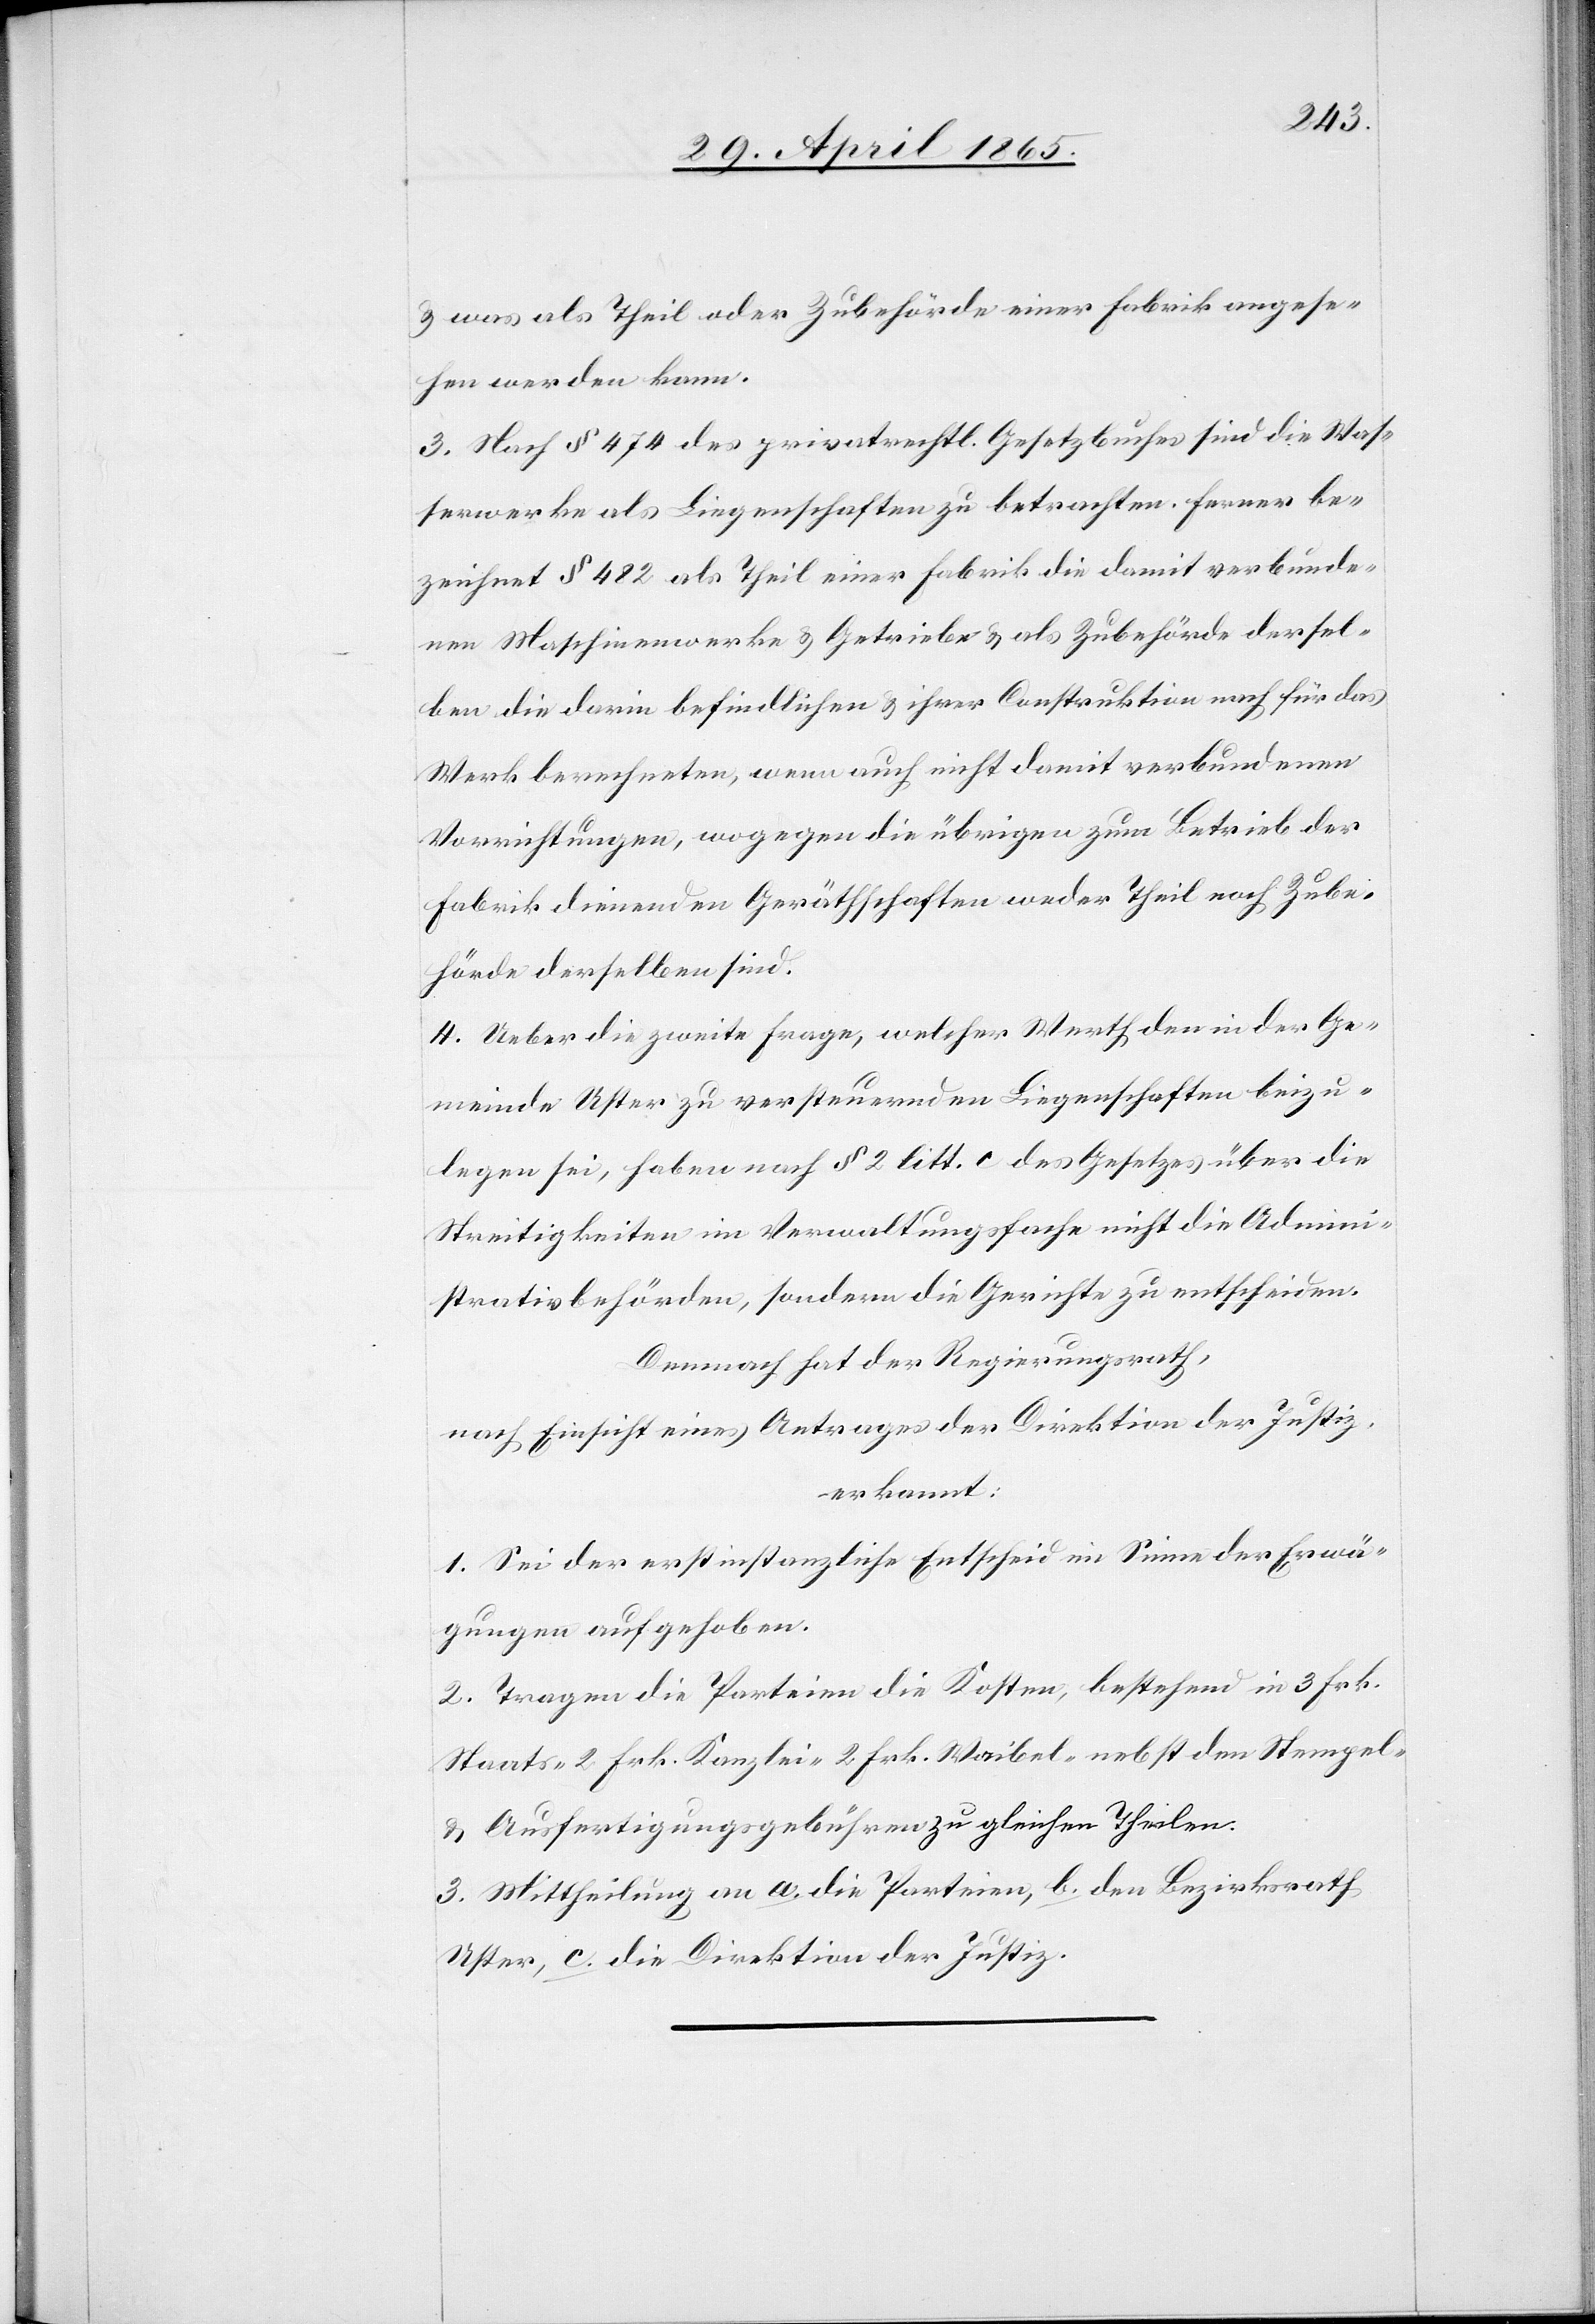
& was als Theil oder Zubehörde einer Fabrik angese¬
hen werden kann.
3. Nach § 474 des privatrechtl. Gesetzbuches sind die Was¬
serwerke als Liegenschaften zu betrachten. Ferner be¬
zeichnet § 482 als Theil einer Fabrik die damit verbunde¬
nen Maschinenwerke & Getriebe & als Zubehörde dersel¬
ben die darin befindlichen & ihrer Construktion nach für das
Werk berechneten, wenn auch nicht damit verbundenen
Vorrichtungen, wogegen die übrigen zum Betrieb der
Fabrik dienenden Geräthschaften weder Theil noch Zube¬
hörde derselben sind.
4. Ueber die zweite Frage, welcher Werth den in der Ge¬
meinde Uster zu versteuernden Liegenschaften beizu¬
legen sei, haben nach § 2 litt. c des Gesetzes über die
Streitigkeiten im Verwaltungsfache nicht die Admini¬
strativbehörden, sondern die Gerichte zu entscheiden.
Demnach hat der Regierungsrath,
nach Einsicht eines Antrages der Direktion der Justiz,
erkannt:
1. Sei der erstinstanzliche Entscheid im Sinne der Erwä¬
gungen aufgehoben.
2. Tragen die Parteien die Kosten, bestehend in 3 Frk.
& Ausfertigungsgebühren zu gleichen Theilen.
3. Mittheilung an a. die Parteien, b. den Bezirksrath
Uster, c. die Direktion der Justiz.